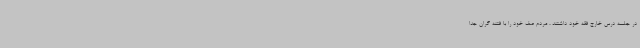
در جلسه درس خارج فقه خود داشتند ، مردم صف خود را با فتنه گران جدا